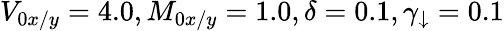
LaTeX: V_{0x/y}=4.0,M_{0x/y}=1.0,\delta=0.1,\gamma_{\downarrow}=0.1